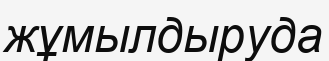
жұмылдыруда